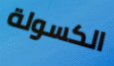
الكسولة